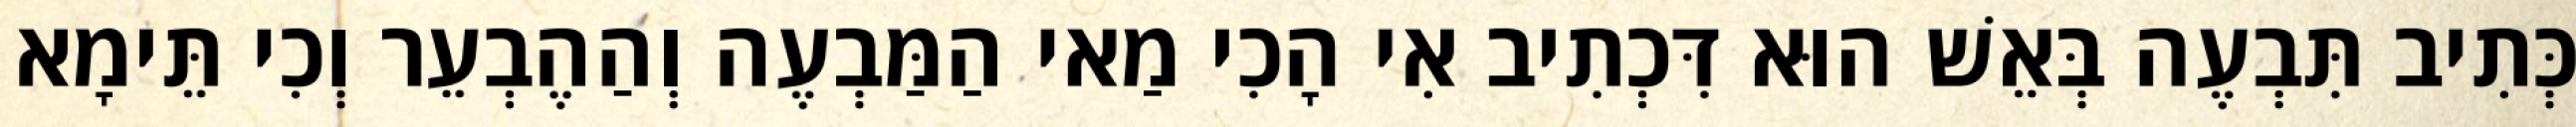
כְּתִיב תִּבְעֶה בְּאֵשׁ הוּא דִּכְתִיב אִי הָכִי מַאי הַמַּבְעֶה וְהַהֶבְעֵר וְכִי תֵּימָא